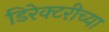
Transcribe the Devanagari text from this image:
डिरेक्टरीच्या